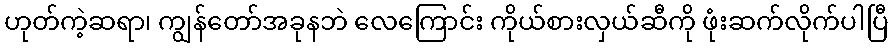
ဟုတ်ကဲ့ဆရာ၊ ကျွန်တော်အခုနဘဲ လေကြောင်း ကိုယ်စားလှယ်ဆီကို ဖုံးဆက်လိုက်ပါပြီ